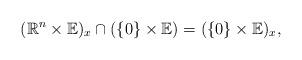
LaTeX: \begin{align*} (\mathbb{R}^n \times \mathbb{E})_x \cap (\{0\} \times \mathbb{E}) = (\{0\} \times \mathbb{E})_x,\end{align*}